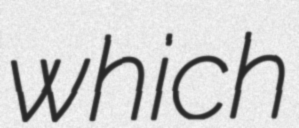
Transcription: which